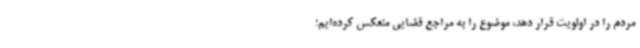
مردم را در اولویت قرار دهد، موضوع را به مراجع قضایی منعکس کرده‌ایم؛